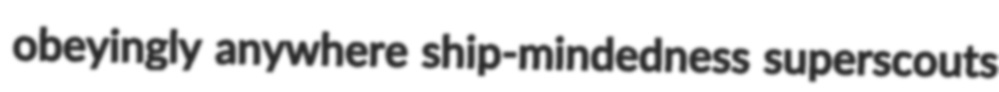
obeyingly anywhere ship-mindedness superscouts